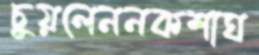
চুয়লেননকশাঘ